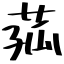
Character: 菰